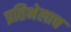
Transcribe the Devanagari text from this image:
प्रतिभेलाच